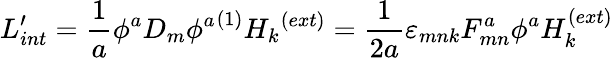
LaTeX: L_{int}^{\prime}=\frac{1}{a}\phi^{a}D_{m}{\phi^{a}}^{(1)}{H_{k}}^{(ext)}=\frac{1}{2a}\varepsilon_{mnk}F_{mn}^{a}\phi^{a}H_{k}^{(ext)}